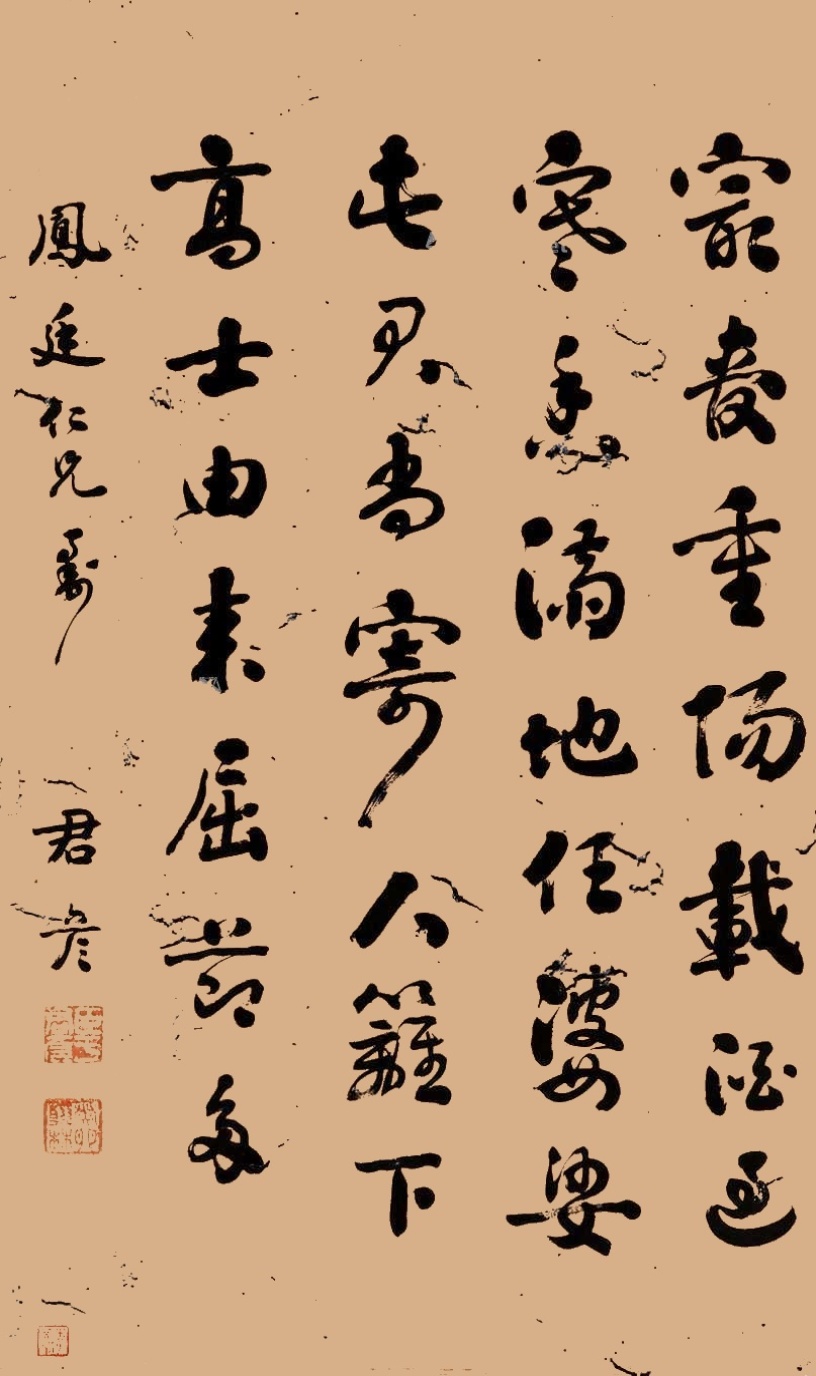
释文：最爱重阳载酒过，寒香满地任婆娑。屯君尚寄人篱下，高士由来屈节多。凤廷仁兄属。君彦。